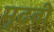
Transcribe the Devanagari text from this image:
मूढवी